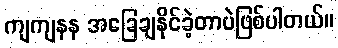
ကျကျနန အခြေချနိုင်ခဲ့တာပဲဖြစ်ပါတယ်။